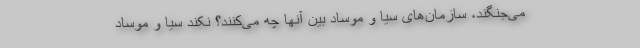
می‌جنگند، سازمان‌های سیا و موساد بین آنها چه می‌کنند؟ نکند سیا و موساد